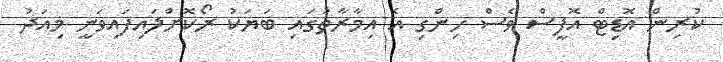
ކުރިން އޮޑިޓް އޮފީސް ވެސް ހިންގި އެ އިމާރާތުގައި ބަޔަކު ރޯކޮށްލައިފައިވަނީ މިއަދު